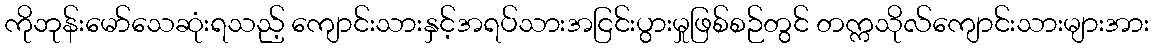
ကိုဘုန်းမော်သေဆုံးရသည့် ကျောင်းသားနှင့်အရပ်သားအငြင်းပွားမှုဖြစ်စဉ်တွင် တက္ကသိုလ်ကျောင်းသားများအား